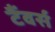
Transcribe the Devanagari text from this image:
टैंवर्स